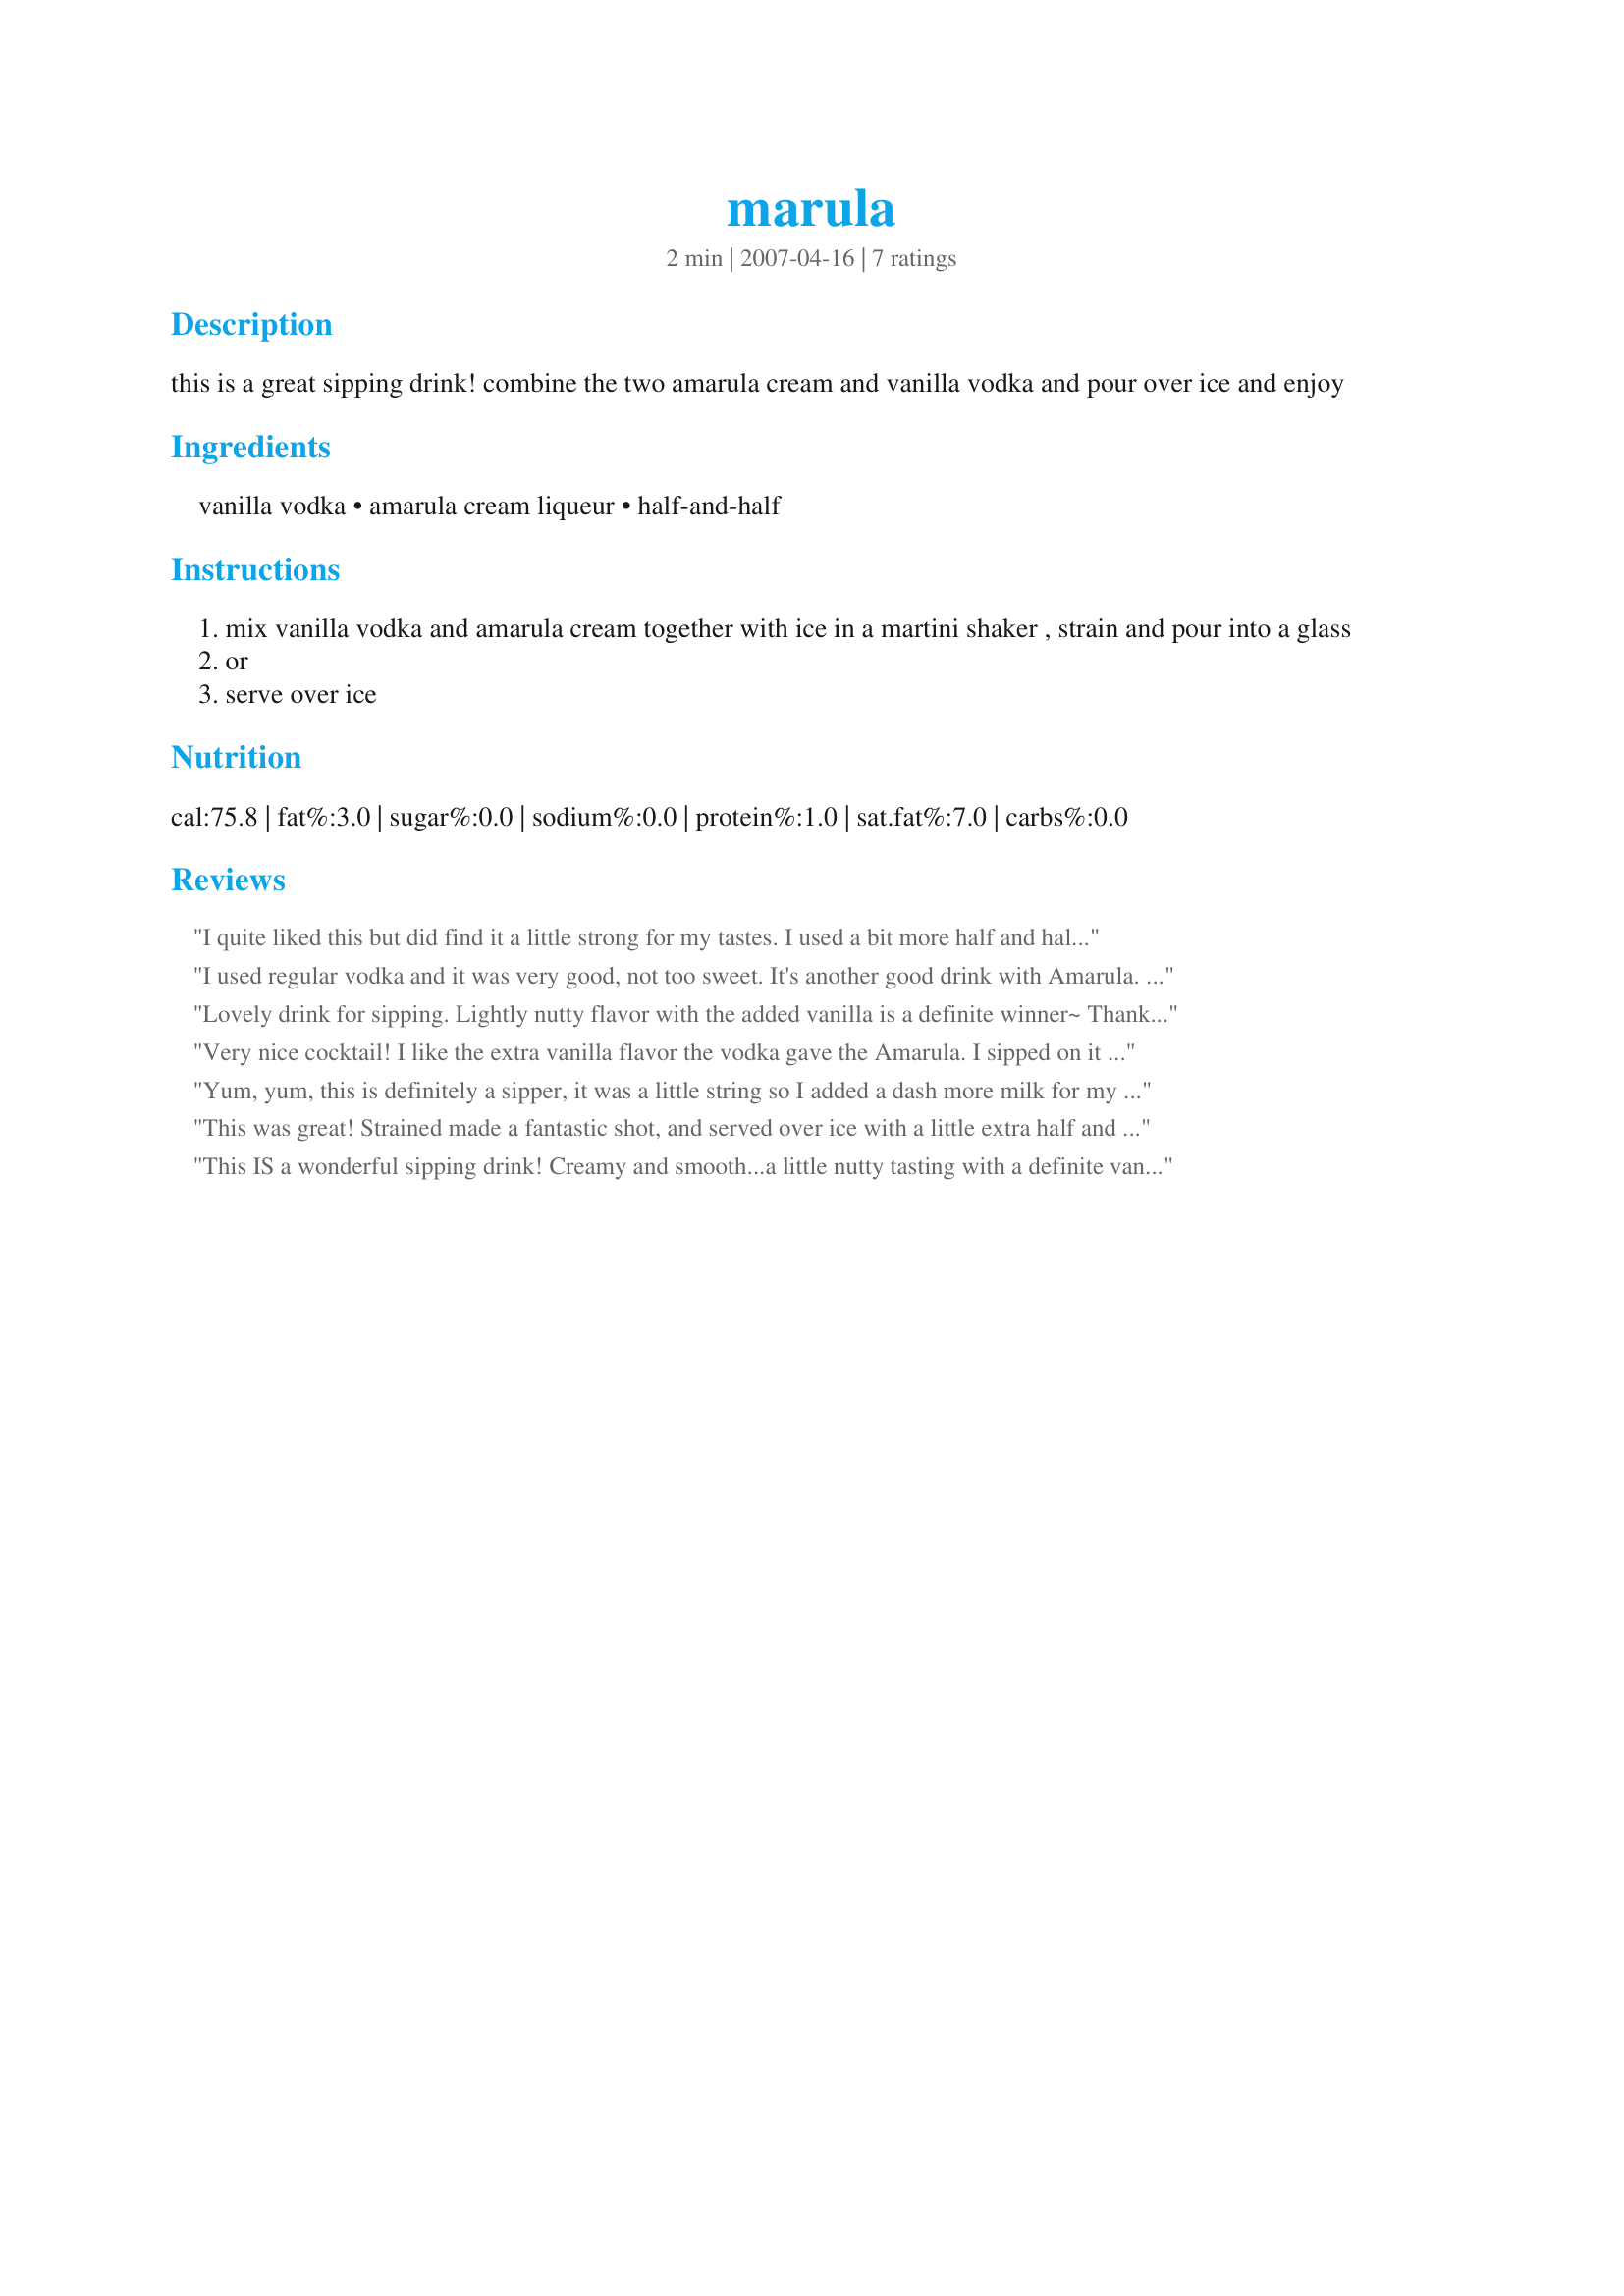
marula
Preparation time: 2 minutes

this is a great sipping drink! combine the two amarula cream and vanilla vodka and pour over ice and enjoy

Ingredients:
vanilla vodka, amarula cream liqueur, half-and-half

Steps:
mix vanilla vodka and amarula cream together with ice in a martini shaker , strain and pour into a glass
or
serve over ice

Reviews:
I quite liked this but did find it a little strong for my tastes. I used a bit more half and half which helped to smooth it out.
I used regular vodka and it was very good, not too sweet. It's another good drink with Amarula. Thanks V :)
Lovely drink for sipping. Lightly nutty flavor with the added vanilla is a definite winner~ Thanks so much, Vseward!
Very nice cocktail! I like the extra vanilla flavor the vodka gave the Amarula. I sipped on it and it sure has a kick, lol. I used milk instead of half and half, just as a personal preference. Thanks Chef V for posting! Love Amarula!
Yum, yum, this is definitely a sipper, it was a little string so I added a dash more milk for my tastes but very tasty.
This was great! Strained made a fantastic shot, and served over ice with a little extra half and half was fabulous for sipping. I will DEFINITELY be making this again.. I have tons of Amurula to use up and a party coming up so I willd definitely be serving this.. Thank you Chef V for a great recipe! 
Made for PAC Spring 2009
This IS a wonderful sipping drink! Creamy and smooth...a little nutty tasting with a definite vanilla scent and taste. Love this drink!
